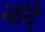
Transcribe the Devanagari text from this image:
नांदे